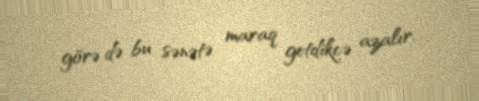
görə də bu sənətə maraq getdikcə azalır.